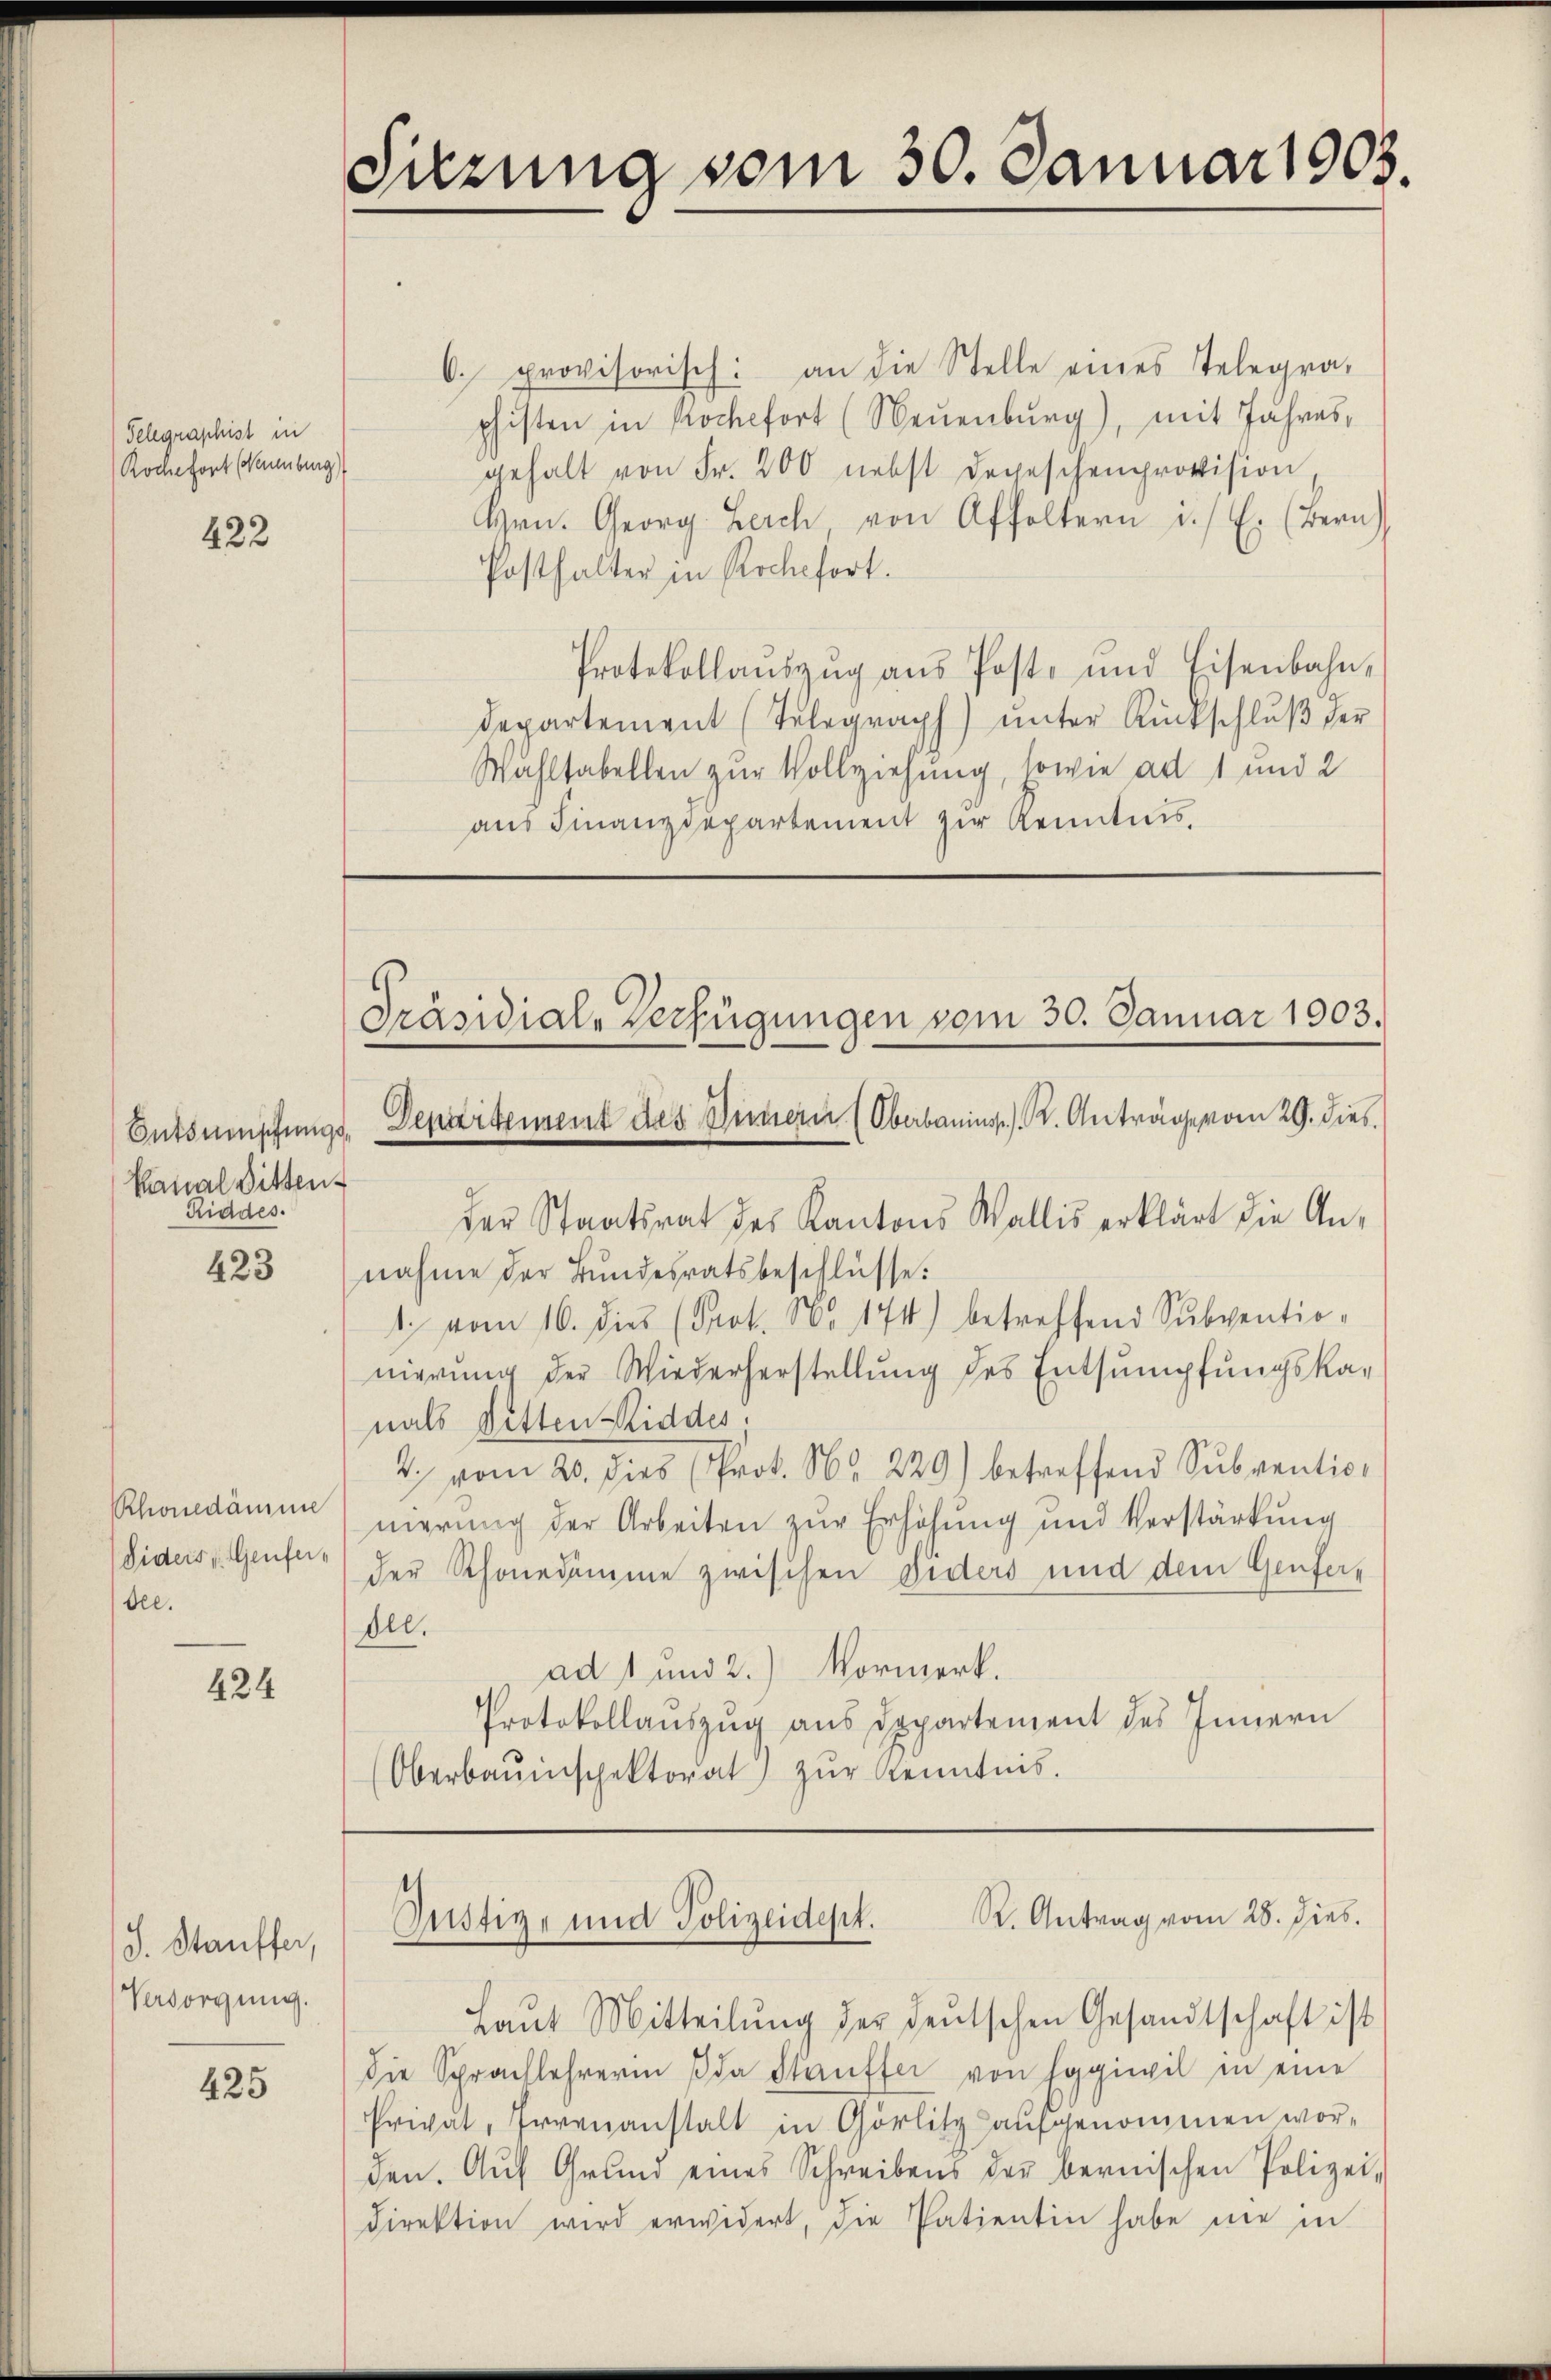
Telegraphist in
Roche fort (Neuenburg)

422

Entsumschungs
Kanal Ditten.
Riddes.

423

Rhonedämme
Siders v. Genferdel.

424

J. Stauffer,
Versorgung.

425

Sitzung vom 30. Januar 1903.

Präsidial-Verfügungen vom 30. Januar 1903.
Departement des Innern (Oberbauinsp. K. Anträge vom 29. Dies

der Staatsrat des Kantons Wallis erklärt die Annahme der Bundesratsbeschlüsse:
1. vom 16. dies (Prot. No. 174) betreffend Subventio-
nierung der Wiederherstellung des Entsumpfungskamals Ditten Riddes.
2. vom 20. dies (Prot. Nr. 229) betreffend Subventionierung der Arbeiten zur Erhöhung und Verstärkung
der Rhonedumme zwischen Diders und dem Genferdel.
ad 1 und 2.) Vormerk.
Protokollaŭszŭg aŭs Departement des Innern
(Oberbauinspektorat zŭr Kenntnis.

. provisorisch: an die Stelle eines Telegra-
phisten in Kochefort (Neuenburg), mit Jahresgehalt von Fr. 200 nebst Depeschenprovision,
Hrn. Georg Lerch von Affoltern i. E. (Bern)
Posthalter in Roche fort.
Protokollauszug aus Post- und Eisenbahn,
departement (Telegraph) ŭnter Rückschlŭβ der
Wahltabellen zur Vollziehung, sowie ad 1 und 2
aus Finanzdepartement zur Kenntnis,

Justiz- und Polizeidept. K. Antrag vom 28. hies.

Laŭt Mitteilŭng der deutschen Gesandtschaft ist
die Sprachlehrerin da Stauffer von Eggiwil in eine
Privat, Ervenanstalt in Görlitz aufgenommen worden. Aŭf Grund eines Schreibens der bernischen Polizei-
direktion wird erwidert, die Patientin habe nie in